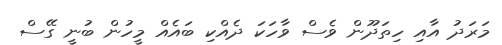
މަރަދު އާއި ހިތަދޫން ވެސް ވާހަކަ ދެއްކި ބައެއް މީހުން ބުނީ ގޭސް